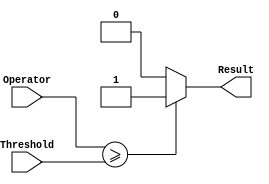
module CPR (
    //Comparator
    input [7:0] Operator,
    input [7:0] Threshold,

    output Result
);
    assign Result = (Operator >= Threshold) ? 1'b1 : 1'b0;

endmodule